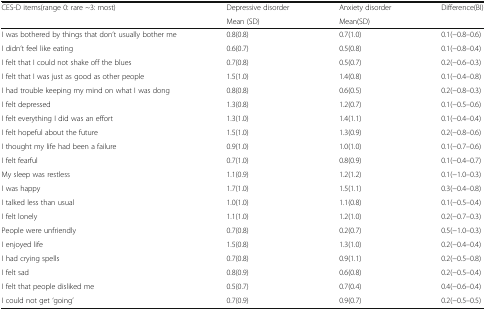
<table><thead><tr><td rowspan="2"><b>CES-D items(range 0: rare ~3: most)</b></td><td><b>Depressive disorder</b></td><td><b>Anxiety disorder</b></td><td rowspan="2"><b>Difference(BI)</b></td></tr><tr><td><b>Mean (SD)</b></td><td><b>Mean(SD)</b></td></tr></thead><tbody><tr><td>I was bothered by things that don’t usually bother me</td><td>0.8(0.8)</td><td>0.7(1.0)</td><td>0.1(−0.8–0.6)</td></tr><tr><td>I didn’t feel like eating</td><td>0.6(0.7)</td><td>0.5(0.8)</td><td>0.1(−0.8–0.4)</td></tr><tr><td>I felt that I could not shake off the blues</td><td>0.7(0.8)</td><td>0.5(0.7)</td><td>0.2(−0.6–0.3)</td></tr><tr><td>I felt that I was just as good as other people</td><td>1.5(1.0)</td><td>1.4(0.8)</td><td>0.1(−0.4–0.8)</td></tr><tr><td>I had trouble keeping my mind on what I was dong</td><td>0.8(0.8)</td><td>0.6(0.5)</td><td>0.2(−0.8–0.3)</td></tr><tr><td>I felt depressed</td><td>1.3(0.8)</td><td>1.2(0.7)</td><td>0.1(−0.5–0.6)</td></tr><tr><td>I felt everything I did was an effort</td><td>1.3(1.0)</td><td>1.4(1.1)</td><td>0.1(−0.4–0.4)</td></tr><tr><td>I felt hopeful about the future</td><td>1.5(1.0)</td><td>1.3(0.9)</td><td>0.2(−0.8–0.6)</td></tr><tr><td>I thought my life had been a failure</td><td>0.9(1.0)</td><td>1.0(1.0)</td><td>0.1(−0.7–0.6)</td></tr><tr><td>I felt fearful</td><td>0.7(1.0)</td><td>0.8(0.9)</td><td>0.1(−0.4–0.7)</td></tr><tr><td>My sleep was restless</td><td>1.1(0.9)</td><td>1.2(1.2)</td><td>0.1(−1.0–0.3)</td></tr><tr><td>I was happy</td><td>1.7(1.0)</td><td>1.5(1.1)</td><td>0.3(−0.4–0.8)</td></tr><tr><td>I talked less than usual</td><td>1.0(1.0)</td><td>1.1(0.8)</td><td>0.1(−0.5–0.4)</td></tr><tr><td>I felt lonely</td><td>1.1(1.0)</td><td>1.2(1.0)</td><td>0.2(−0.7–0.3)</td></tr><tr><td>People were unfriendly</td><td>0.7(0.8)</td><td>0.2(0.7)</td><td>0.5(−1.0–0.3)</td></tr><tr><td>I enjoyed life</td><td>1.5(0.8)</td><td>1.3(1.0)</td><td>0.2(−0.4–0.4)</td></tr><tr><td>I had crying spells</td><td>0.7(0.8)</td><td>0.9(1.1)</td><td>0.2(−0.5–0.8)</td></tr><tr><td>I felt sad</td><td>0.8(0.9)</td><td>0.6(0.8)</td><td>0.2(−0.5–0.4)</td></tr><tr><td>I felt that people disliked me</td><td>0.5(0.7)</td><td>0.7(0.4)</td><td>0.4(−0.6–0.4)</td></tr><tr><td>I could not get ‘going’</td><td>0.7(0.9)</td><td>0.9(0.7)</td><td>0.2(−0.5–0.5)</td></tr></tbody></table>